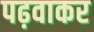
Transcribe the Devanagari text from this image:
पढ़वाकर